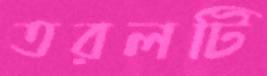
তরলটি